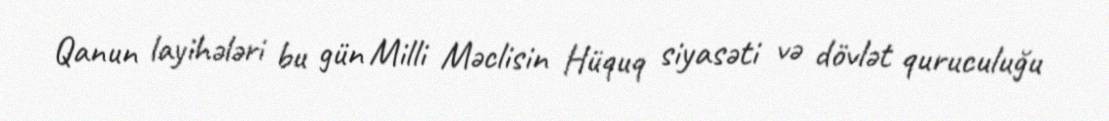
Qanun layihələri bu gün Milli Məclisin Hüquq siyasəti və dövlət quruculuğu